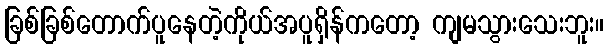
ခြစ်ခြစ်တောက်ပူနေတဲ့ကိုယ်အပူရှိန်ကတော့ ကျမသွားသေးဘူး။